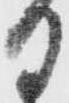
日